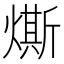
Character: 燍